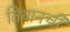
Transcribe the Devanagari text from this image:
तियानची